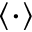
\langle \cdot \rangle